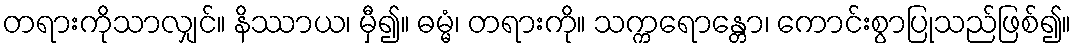
တရားကိုသာလျှင်။ နိဿာယ၊ မှီ၍။ ဓမ္မံ၊ တရားကို။ သက္ကရောန္တော၊ ကောင်းစွာပြုသည်ဖြစ်၍။